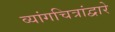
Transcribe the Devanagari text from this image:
व्यांगचित्रांद्वारे